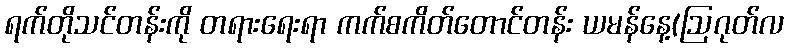
ရက်တိုသင်တန်းကို တရားရေးရာ ကက်စကိတ်တောင်တန်း ယမန်နေ့(ဩဂုတ်လ